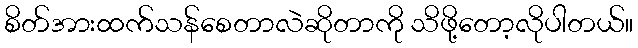
စိတ်အားထက်သန်စေတာလဲဆိုတာကို သိဖို့တော့လိုပါတယ်။